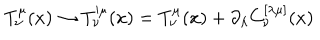
T _ { \nu } ^ { \mu } ( x ) \to T _ { \nu } ^ { \prime \mu } ( x ) = T _ { \nu } ^ { \mu } ( x ) + \partial _ { \lambda } C _ { \nu } ^ { [ \lambda \mu ] } ( x )